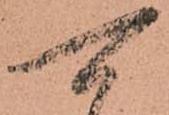
可